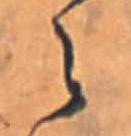
ら